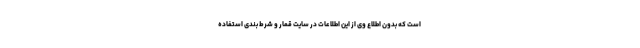
است که بدون اطلاع وی از این اطلاعات در سایت قمار و شرط ‌بندی استفاده